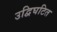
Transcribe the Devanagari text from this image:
उद्विघटित